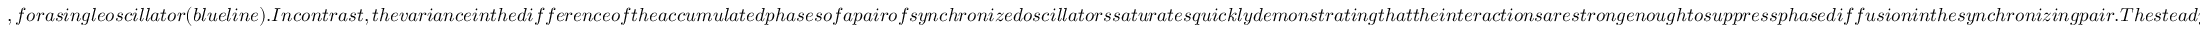
, f o r a s i n g l e o s c i l l a t o r ( b l u e l i n e ) . I n c o n t r a s t , t h e v a r i a n c e i n t h e d i f f e r e n c e o f t h e a c c u m u l a t e d p h a s e s o f a p a i r o f s y n c h r o n i z e d o s c i l l a t o r s s a t u r a t e s q u i c k l y d e m o n s t r a t i n g t h a t t h e i n t e r a c t i o n s a r e s t r o n g e n o u g h t o s u p p r e s s p h a s e d i f f u s i o n i n t h e s y n c h r o n i z i n g p a i r . T h e s t e a d y - s t a t e P D F o f